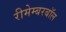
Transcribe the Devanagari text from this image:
रीमेम्बरबॉल